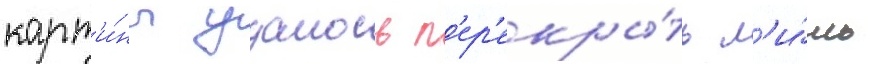
карт'и́ны удалось п'ер'екры́ть л'и́шь